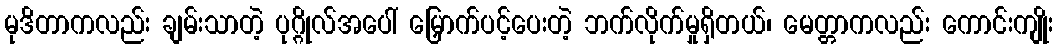
မုဒိတာကလည်း ချမ်းသာတဲ့ ပုဂ္ဂိုလ်အပေါ် မြှောက်ပင့်ပေးတဲ့ ဘက်လိုက်မှုရှိတယ်၊ မေတ္တာကလည်း ကောင်းကျိုး